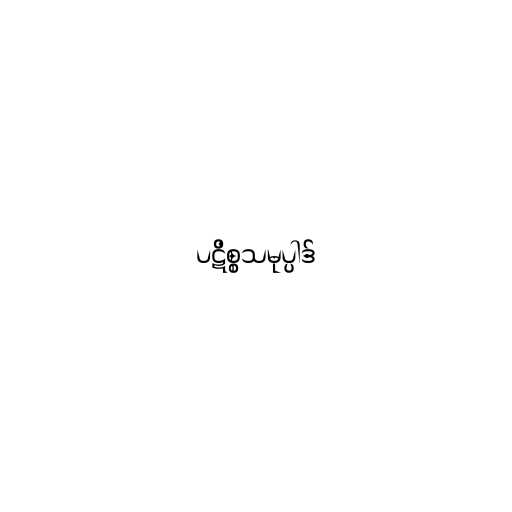
ပဋိစ္စသမုပ္ပါဒ်